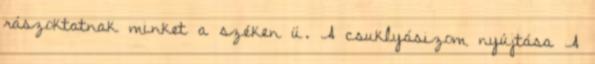
rászoktatnak minket a széken ü. A csuklyásizom nyújtása A